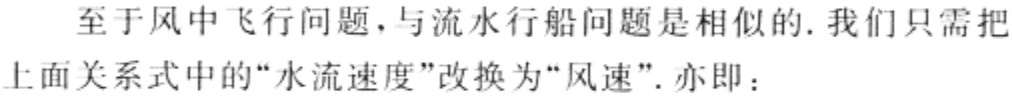
至于风中飞行问题，与流水行船问题是相似的. 我们只需把上面关系式中的“水流速度”改换为“风速”. 亦即：